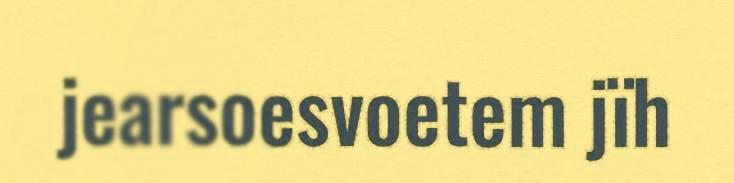
jearsoesvoetem jïh